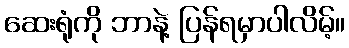
ဆေးရုံကို ဘာနဲ့ ပြန်ရမှာပါလိမ့်။